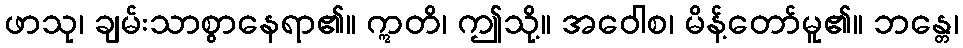
ဖာသု၊ ချမ်းသာစွာနေရာ၏။ ဣတိ၊ ဤသို့။ အဝေါစ၊ မိန့်တော်မူ၏။ ဘန္တေ၊